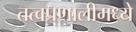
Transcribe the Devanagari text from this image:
तत्वप्रणालीमध्ये